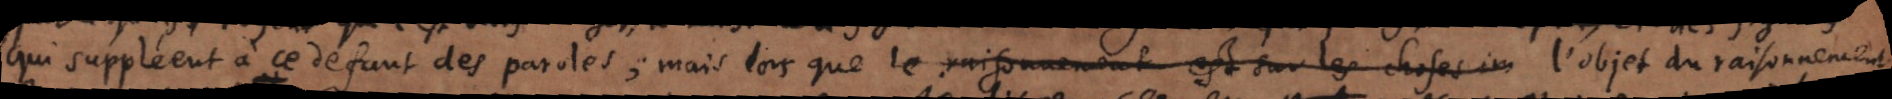
qui suppléent à ce défaut des paroles, mais lors que le raisonnement est sur les choses im l’objet du raisonnement